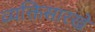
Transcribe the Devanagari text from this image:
व्यक्तिसारखे